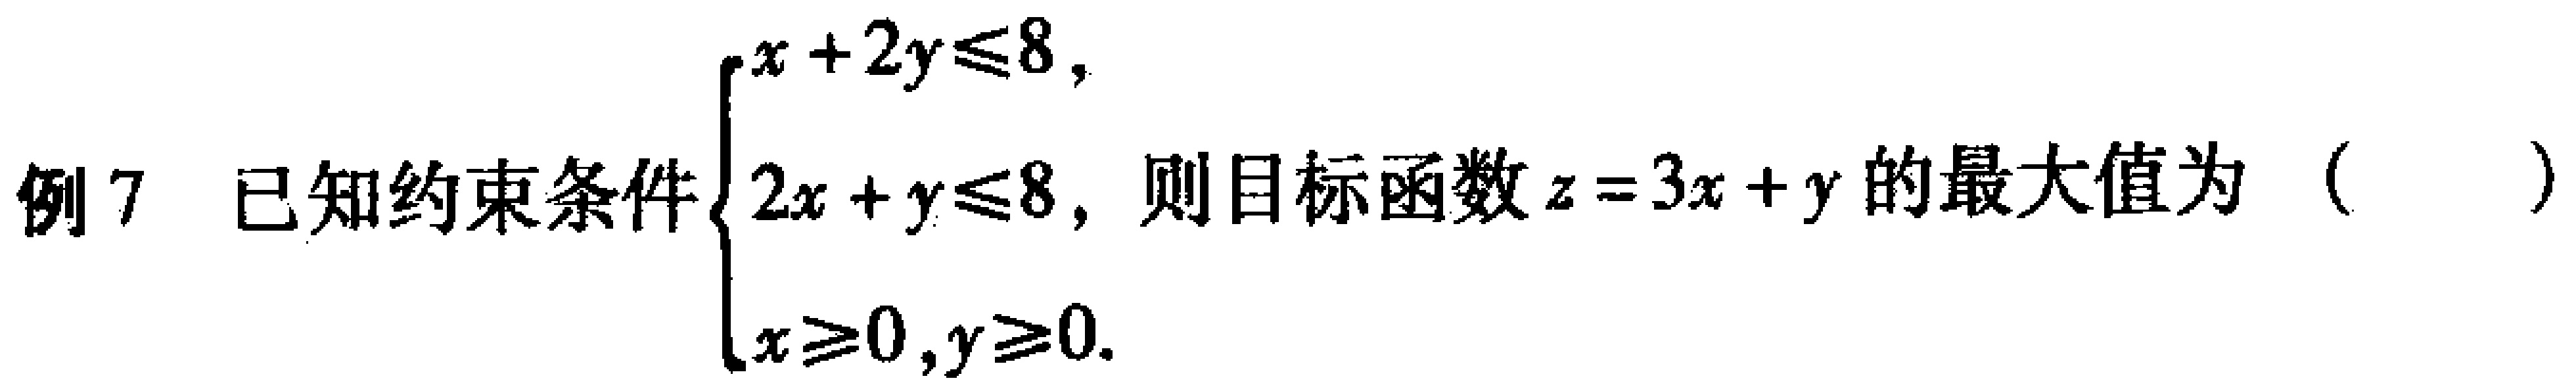
例7 已知约束条件$\begin{cases}x + 2y\leqslant8,\\2x + y\leqslant8,\\x\geqslant0,y\geqslant0.\end{cases}$则目标函数$z = 3x + y$的最大值为（  ）